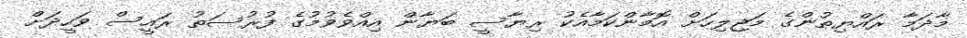
މާދަމާ ރައްޔިތުންގެ މަޖިލިހަށް އޮމާންކަމާއެކު ރިޔާސީ ބަޔާން އިއްވެވުމުގެ ފުރުސަތު ރައީސް ވަހީދަށް